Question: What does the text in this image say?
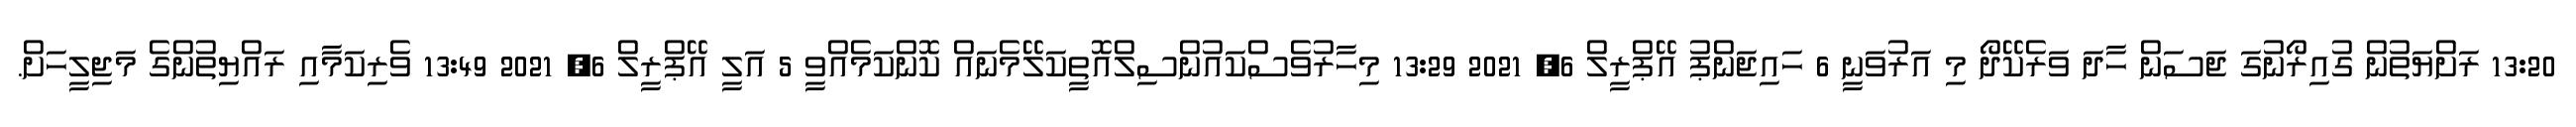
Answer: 13:20 ރަށްޔަތުން ގުއިރޯނުގަ ޖަސަން ހާދަ ވަރެކޭދޯ މި އަރުވަނީ 6 ހައިޖަންޕު އޭޕްރީލް 6, 2021 13:29 މިހާރުވެސްކައުންސިލްއޮތީކަލޭމެނައް ކޮންކަމެއްވީ 5 އަލީ އޭޕްރީލް 6, 2021 13:49 ވެރިކަމާއި ރައްޔިތުންގެ މަޖިލީހަށް.